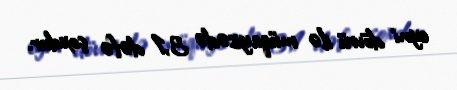
eyni dövrü ilə müqayisədə 3,1 dəfə çoxdur.